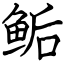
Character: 鲘